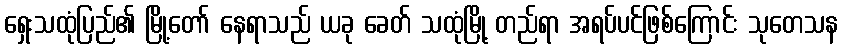
ရှေးသထုံပြည်၏ မြို့တော် နေရာသည် ယခု ခေတ် သထုံမြို့ တည်ရာ အရပ်ပင်ဖြစ်ကြောင်း သုတေသန